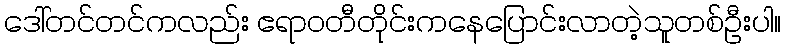
ဒေါ်တင်တင်ကလည်း ဧရာဝတီတိုင်းကနေပြောင်းလာတဲ့သူတစ်ဦးပါ။